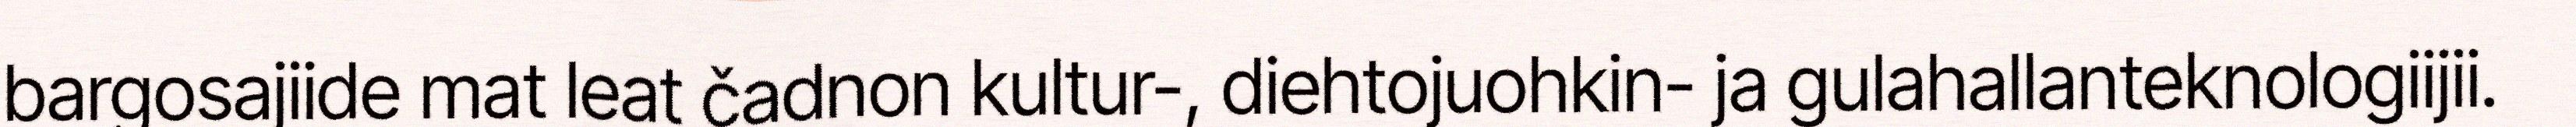
bargosajiide mat leat čadnon kultur-, diehtojuohkin- ja gulahallanteknologiijii.